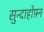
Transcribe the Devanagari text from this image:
सुन्दाहोफ़्न